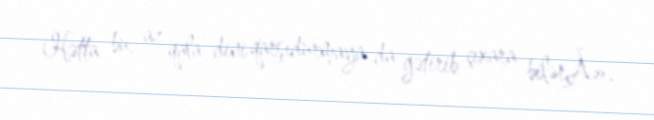
Hətta bu, az qala dini qarşıdurmaya da gətirib çıxara bilərÂ».